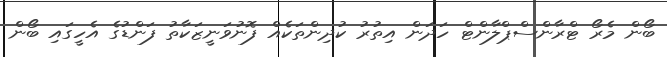
ބޯން މެރޯ ޓްރާންސްޕްލާންޓް ހަދަން އިތުރު ކުދިންތަކެއް ފޮނުވަނީޒަކާތު ފަންޑުގެ އެހީގައި ބޯން